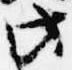
此